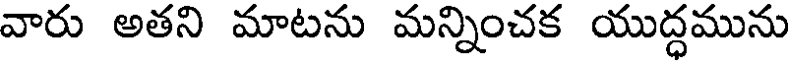
వారు అతని మాటను మన్నించక యుద్ధమును